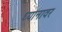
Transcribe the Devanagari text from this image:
ध्यानावर